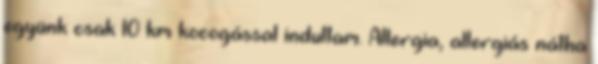
együnk csak 10 km kocogással indultam. Allergia, allergiás nátha